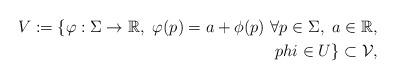
LaTeX: \begin{align*}V:=\{\varphi:\Sigma\rightarrow \mathbb{R},\ \varphi(p)=a+\phi(p) \ \forall p\in \Sigma,\ a\in\mathbb{R},\\phi\in U\}\subset \mathcal{V},\end{align*}